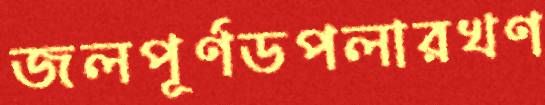
জলপূর্ণডপলারখণ